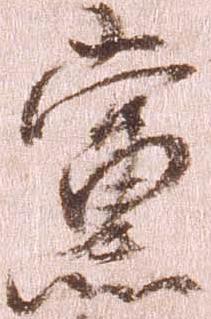
党